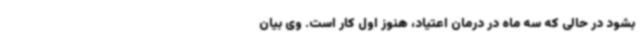
بشود در حالی که سه ماه در درمان اعتیاد، هنوز اول کار است. وی بیان